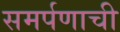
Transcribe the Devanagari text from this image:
समर्पणाची